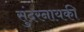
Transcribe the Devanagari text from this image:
सुंदरनायकी